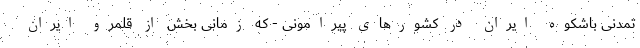
تمدنی باشکوه ایران در کشورهای پیرامونی - که زمانی بخش از قلمرو ایرانِ